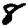
Digit: 8